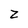
Character: z